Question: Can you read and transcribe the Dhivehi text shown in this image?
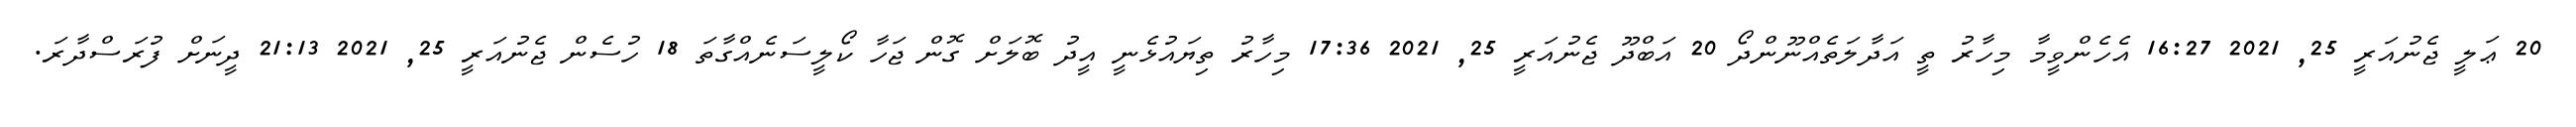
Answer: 20 ޢަލީ ޖެނުއަރީ 25, 2021 16:27 އެހެންވީމާ މިހާރު ތީ އަދާލަތެއްނޫންދޯ 20 އަބްދޫ ޖެނުއަރީ 25, 2021 17:36 މިހާރު ތިޔައުޅެނީ އީދު ބޮލަށް ގޮން ޖަހާ ކޯލީސަނެއްގާތަ 18 ހުސެން ޖެނުއަރީ 25, 2021 21:13 ދީނަށް ފުރަސްދާރަ.